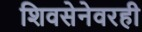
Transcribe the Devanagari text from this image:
शिवसेनेवरही